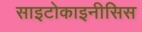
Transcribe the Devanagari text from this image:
साइटोकाइनीसिस